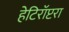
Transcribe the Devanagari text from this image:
हेटिरॉप्टरा